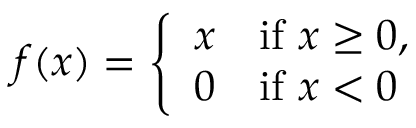
f ( x ) = { \left\{ \begin{array} { l l } { x } & { { \mathrm { i f ~ } } x \geq 0 , } \\ { 0 } & { { \mathrm { i f ~ } } x < 0 } \end{array} \right. }